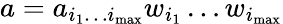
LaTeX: a=a_{i_{1}\dots i_{\mathrm{max}}}w_{i_{1}}\dots w_{i_{\mathrm{max}}}